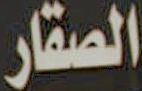
الصقار